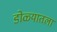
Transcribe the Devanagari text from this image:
डोळ्यातला